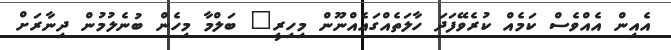
އެއިން އެއްވެސް ކަމެއް ކުރެވޭފަދަ ހާލަތެއްގައެއްނޫން މިހިރީ" ބަލްމާ މިހެން ބުނެލުމުން ދިނާރަށް